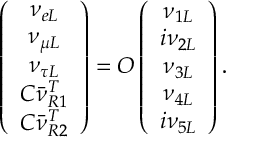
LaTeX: \left( \begin{array} { c } { { \nu _ { e L } } } \\ { { \nu _ { \mu L } } } \\ { { \nu _ { \tau L } } } \\ { { C \bar { \nu } _ { R 1 } ^ { T } } } \\ { { C \bar { \nu } _ { R 2 } ^ { T } } } \end{array} \right) = O \left( \begin{array} { c } { { \nu _ { 1 L } } } \\ { { i \nu _ { 2 L } } } \\ { { \nu _ { 3 L } } } \\ { { \nu _ { 4 L } } } \\ { { i \nu _ { 5 L } } } \end{array} \right) .